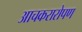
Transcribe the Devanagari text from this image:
आचकरारोपण